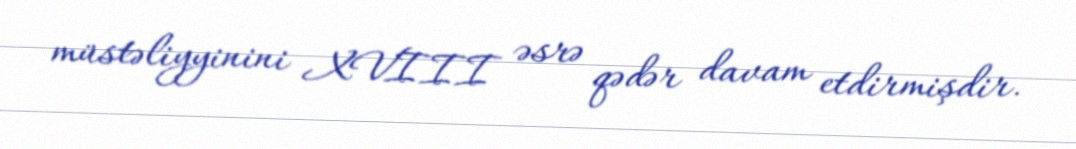
müstəliyyinini XVIII əsrə qədər davam etdirmişdir.